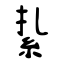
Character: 紥